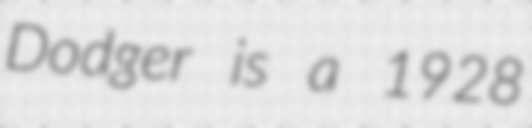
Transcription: Dodger is a 1928